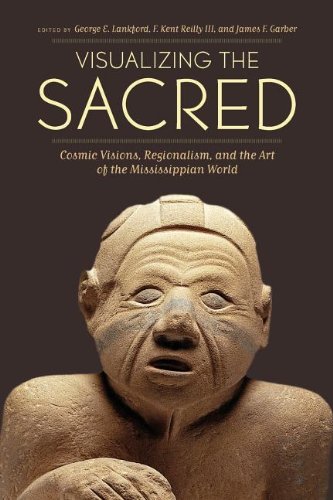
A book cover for Visualizing the Sacred: Cosmic Visions, Regionalism, and the Art of the Mississippian World (Linda Schele Series in Maya and Pre-Columbian Studies); History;